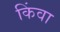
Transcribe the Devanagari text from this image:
किंवा